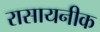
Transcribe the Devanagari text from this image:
रासायनीक